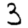
Digit: 3